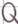
Text: Q